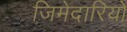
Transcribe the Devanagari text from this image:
जिमेदारियों